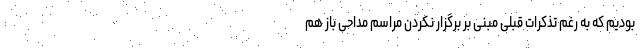
بودیم که به رغم تذکرات قبلی مبنی بر برگزار نکردن مراسم مداحی باز هم